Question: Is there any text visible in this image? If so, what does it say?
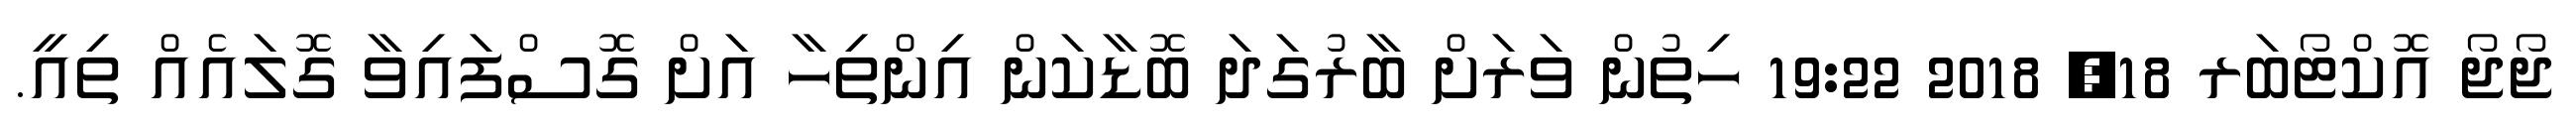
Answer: ޖޯޖޯ އޮކްޓޯބަރ 18, 2018 19:22 ހިތުން ވަރަށް ބާރުގަދަ ބޮޑާކަން އިންތިހާ އަށް ގޮސްފައިވާ ގޮލައެއް ތިއީ.